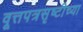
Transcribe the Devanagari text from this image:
वूत्तपत्रसृष्टीच्या